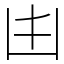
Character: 𠙹